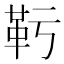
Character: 𩉞